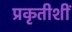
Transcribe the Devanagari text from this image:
प्रकृतीशीं